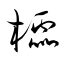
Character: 櫺